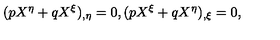
( p X ^ { \eta } + q X ^ { \xi } ) _ { , \eta } = 0 , ( p X ^ { \xi } + q X ^ { \eta } ) _ { , \xi } = 0 ,